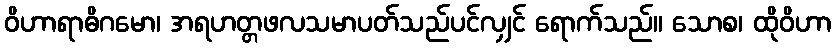
ဝိဟာရာဓိဂမော၊ အရဟတ္တဖလသမာပတ်သည်ပင်လျှင် ရောက်သည်။ သောစ၊ ထိုဝိဟာ